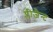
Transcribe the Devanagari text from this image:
प्लीजैन्ट